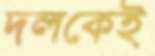
দলকেই